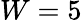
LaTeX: W=5